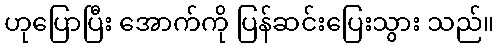
ဟုပြောပြီး အောက်ကို ပြန်ဆင်းပြေးသွား သည်။